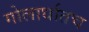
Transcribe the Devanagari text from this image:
गोलार्धातच